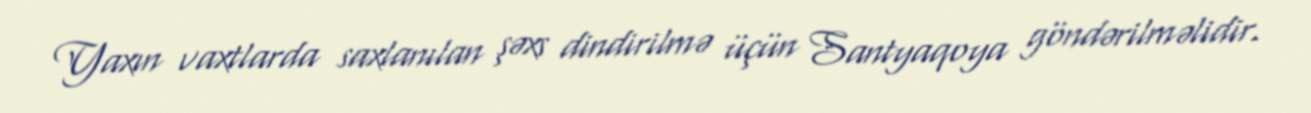
Yaxın vaxtlarda saxlanılan şəxs dindirilmə üçün Santyaqoya göndərilməlidir.